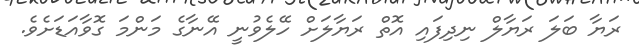
ރަޔާ ބަލަ ރަޔާލް ނިދިފައި އޮތް ރަޔާލަށް ހޭލެވުނީ އޭނާގެ މަންމަ ގޮވާއަޑަށެވެ.